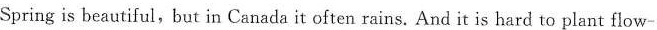
Spring is beautiful, but in Canada it often rains. And it is hard to plant flow-